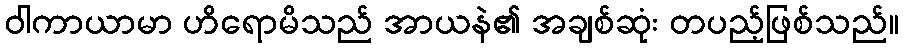
ဝါကာယာမာ ဟိရောမိသည် အာယနဲ၏ အချစ်ဆုံး တပည့်ဖြစ်သည်။